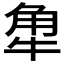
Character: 𧢻